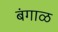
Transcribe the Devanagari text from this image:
बंगाळ